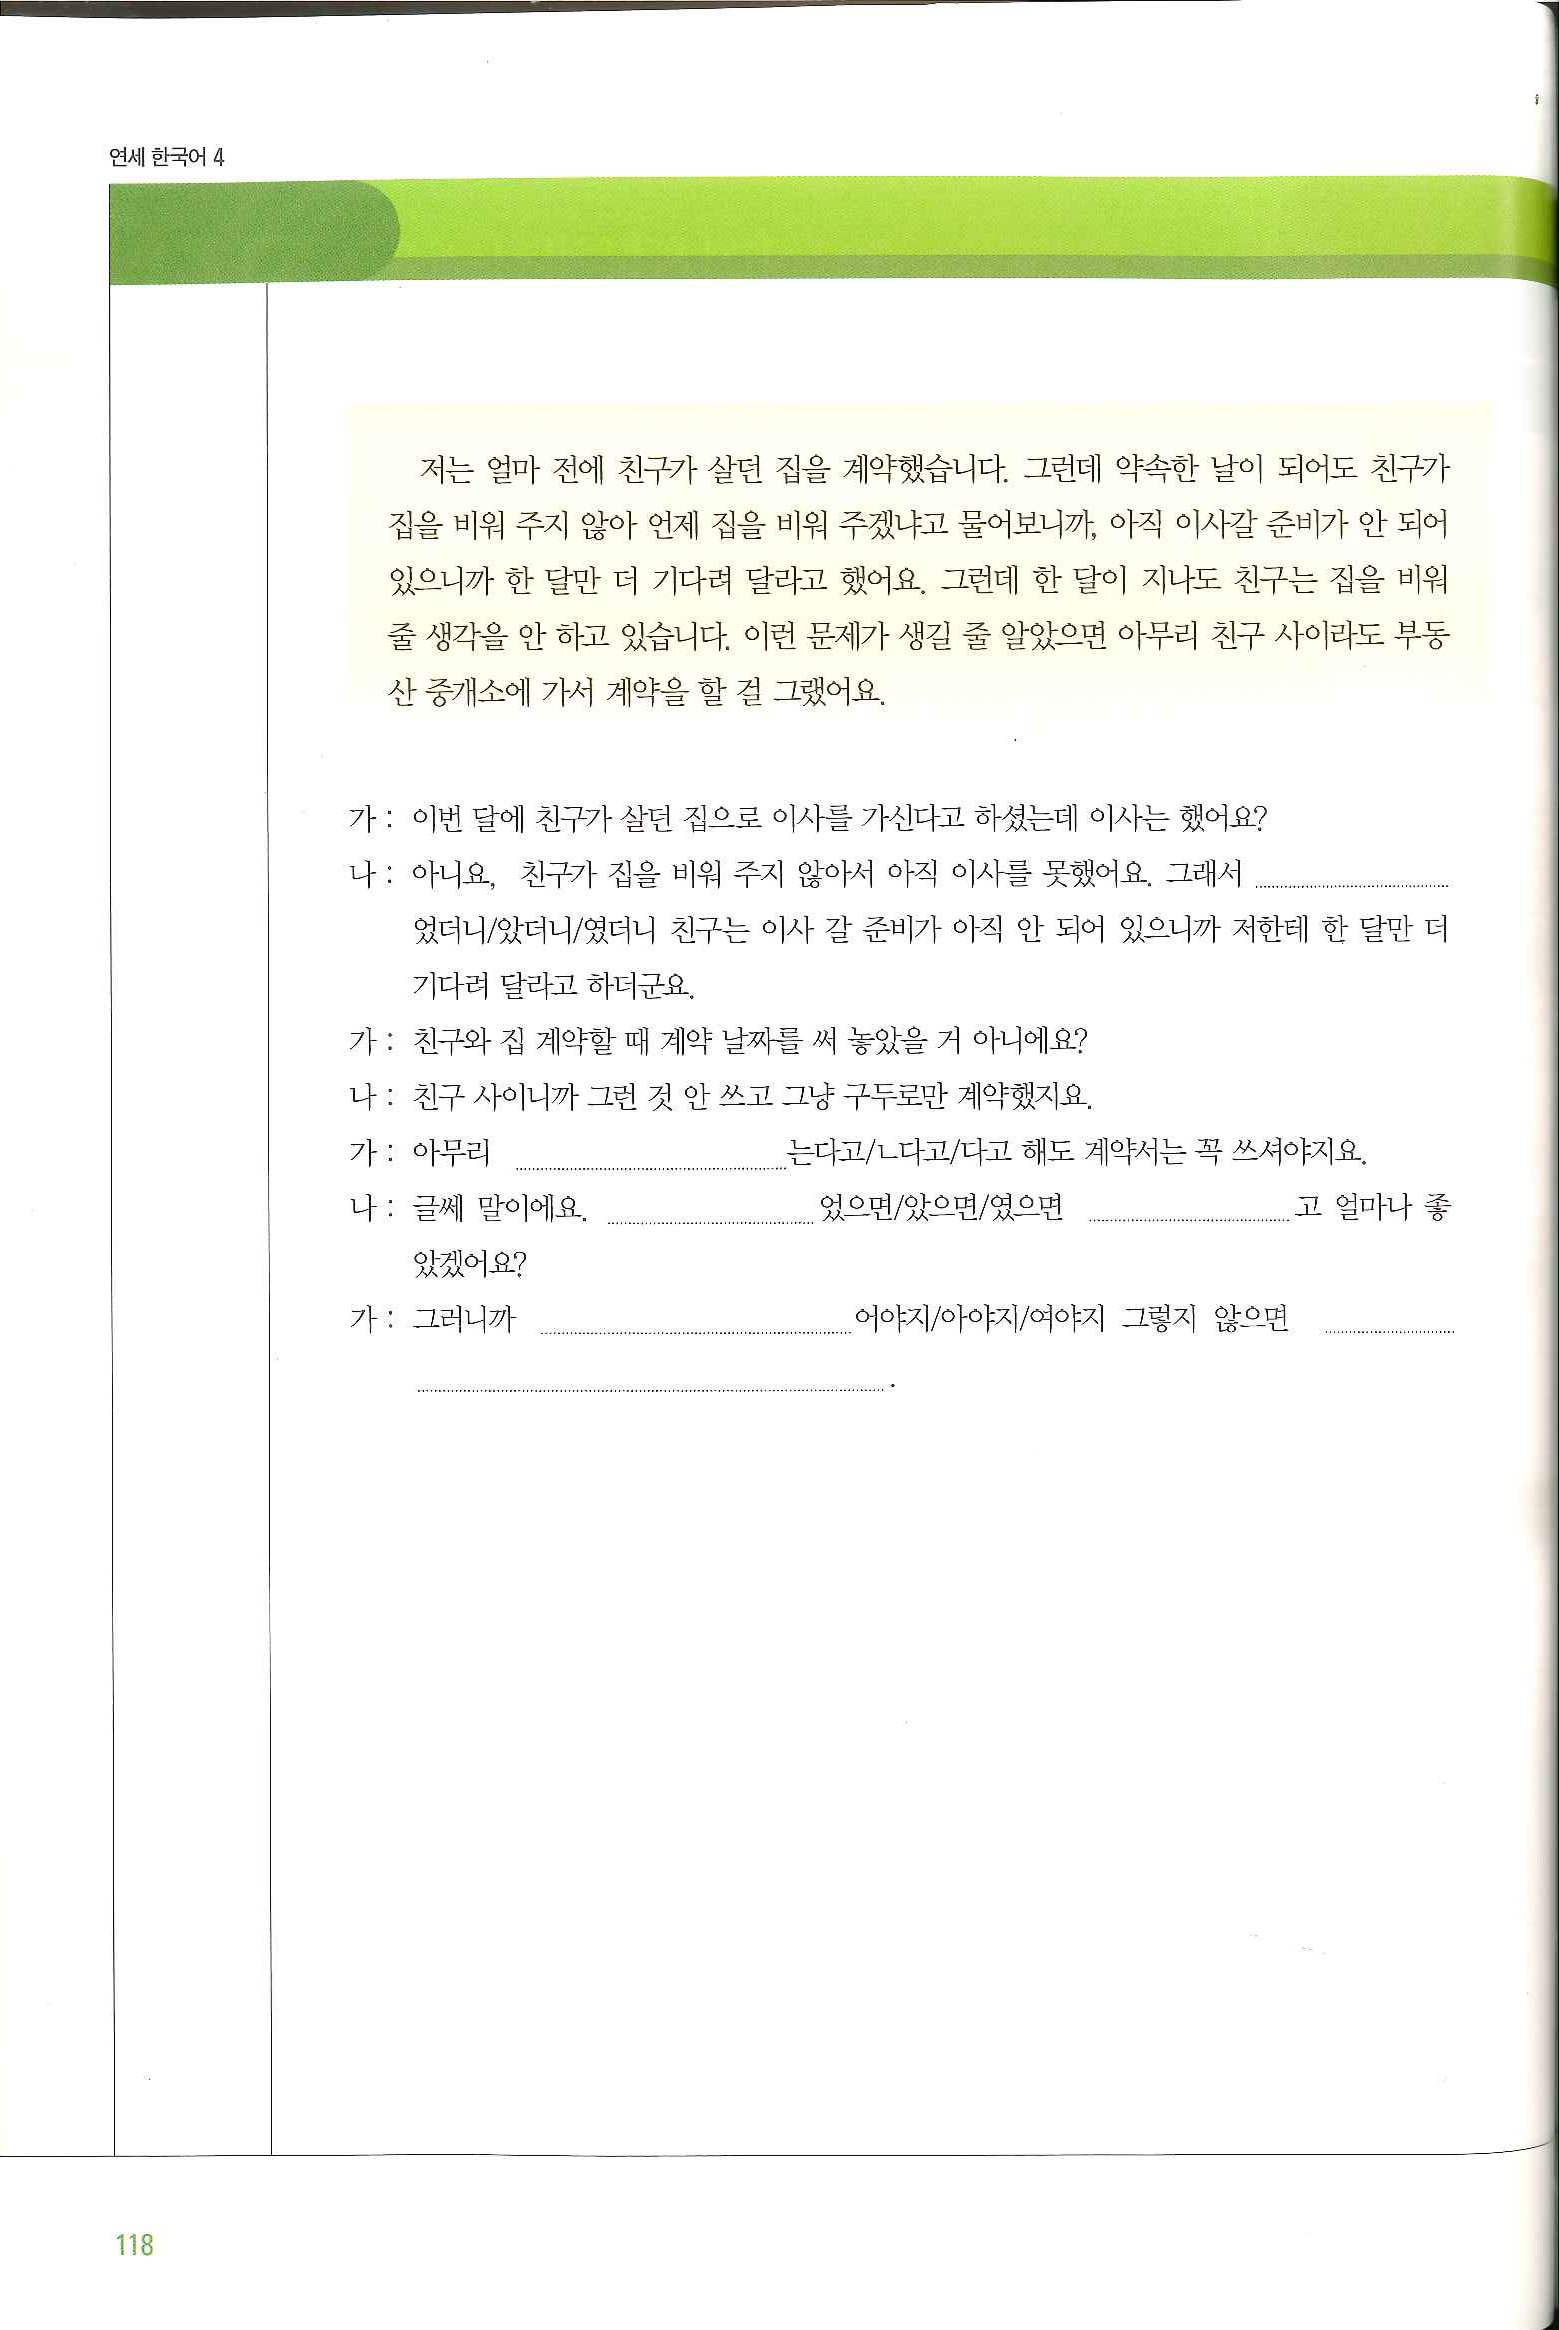
Language: ko